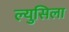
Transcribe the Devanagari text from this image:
ल्युसिला